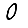
Digit: 0